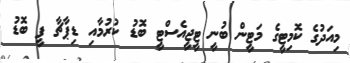
މިއަދުގެ ކޮމިޓީގެ މަޓީން ބުނީ ޓީޖީއެސްޓީ ބޮޑު ކުރުމާއި ޑިޕާޗާ ފީ ބޮޑު